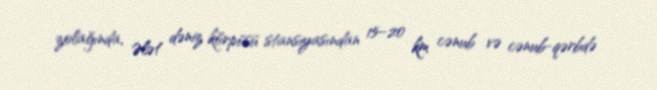
zolağında, Ələt dəniz körpüsü stansiyasından 15–20 km cənub və cənub-qərbdə